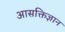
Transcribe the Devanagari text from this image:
आसक्तिज्ञान